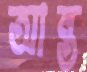
আন্ত